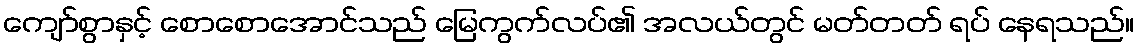
ကျော်စွာနှင့် စောစောအောင်သည် မြေကွက်လပ်၏ အလယ်တွင် မတ်တတ် ရပ် နေရသည်။